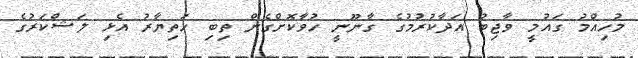
މުހިއްމު ގައުމީ ވާޖިބު އަދާކުރުމުގެ ގާނޫނީ ހުވާކޮށްގެން ތިބި ހަތިޔާރު އެޅި ލަޝްކަރުގެ